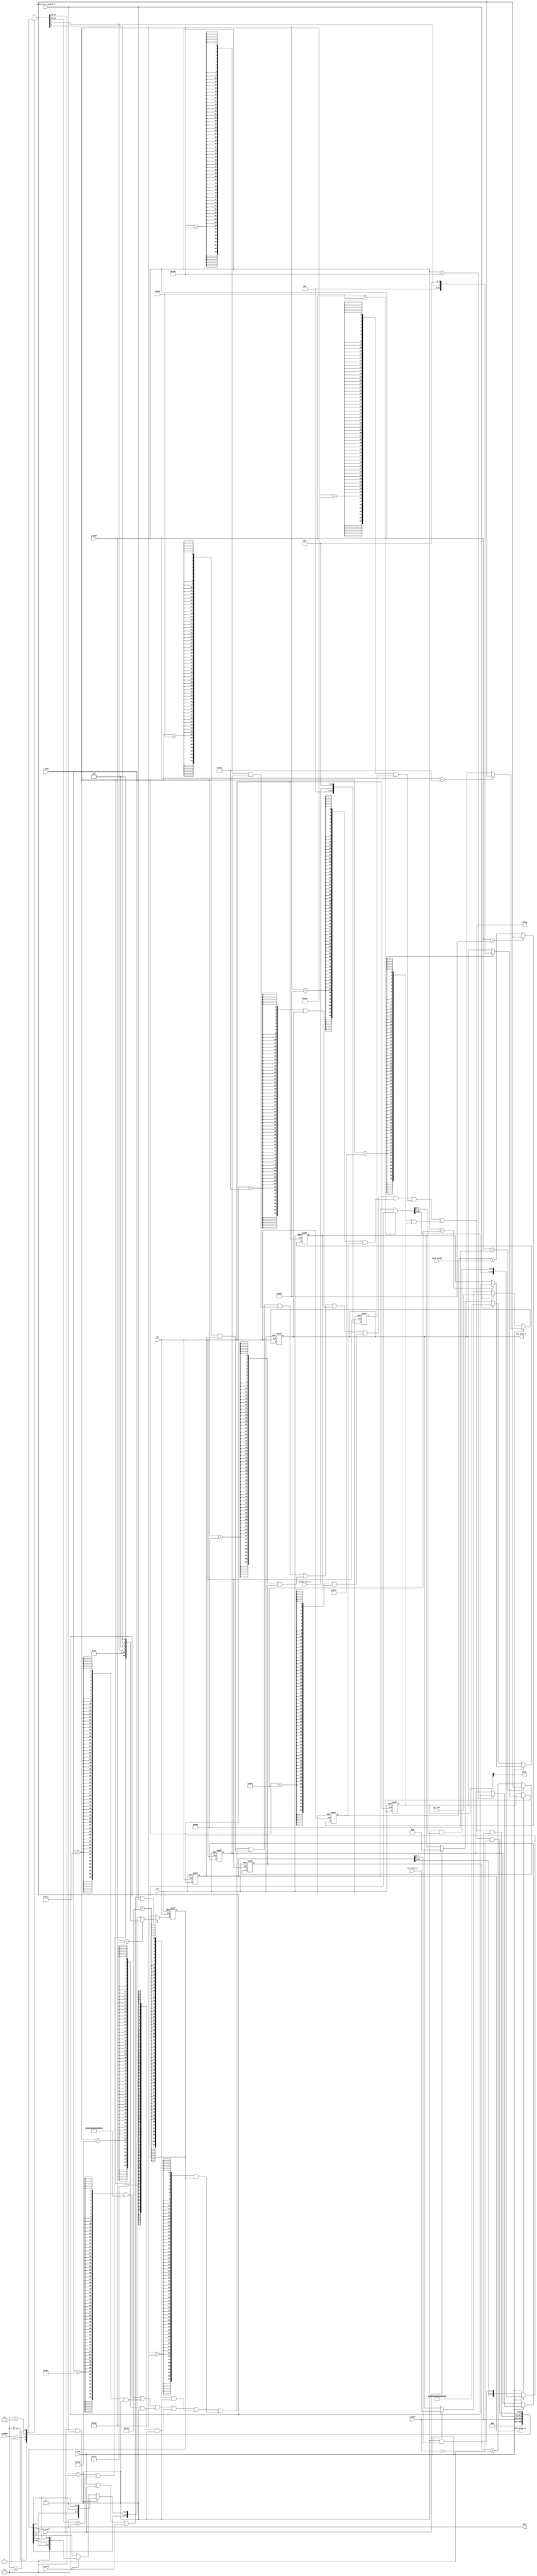

module csr(
    input  wire clk,
	input  wire rst,

	input  wire is_ecall,
	input  wire is_mret, 
	
	input  wire  [11  : 0] w_addr,
	input  wire  [64-1 : 0] w_data,
	input  wire 		   w_ena,
	input  wire  [1   : 0] w_mode,
	
	input  wire  [11  : 0] r_addr,
	output wire  [64-1 : 0] r_data,

	output wire [64-1 : 0] csr_mtvec_o,
	output wire [64-1 : 0] csr_mepc_o,
	output wire                  MIE,
	output wire                  MTIE,
	input wire  [64-1 : 0] pc_from_ex,

	input wire                   inst_valid,
	input wire                   mtime_intr_i,
	input wire                   mtime_intr_enable_i,
	input wire [64-1 : 0]  pc_intr

	// output wire r_exception,
	// output wire w_exception
	
    );

	reg [63:0] mstatus;
	wire [63:0] mstatus_wire;
	wire r_mstatus, w_mstatus;
	reg [63:0] mie;
	wire r_mie, w_mie;
	reg [63:0] mtvec;
	wire [63:0] mtvec_wire;
	wire r_mtvec, w_mtvec;
	wire [63:0] misa;// R W, implement just R
	wire r_misa;
	reg [63:0] mepc;
	// wire [63:0] mepc_wire;
	wire r_mepc, w_mepc;
	reg [64-1 : 0] to_write;
	// reg is_in_trap;
	// always @(posedge clk) begin
	// 	if(rst) is_in_trap <= 1'b0;
	// 	else begin
	// 		if(trap_event) is_in_trap <= 1'b1;
	// 		else if(is_mert) is_in_trap <= 1'b0;
	// 		else is_in_trap <= is_in_trap;
	// 	end
		
	// end

	assign MIE = mstatus[3];
	assign MTIE = mie[7];

	assign csr_mtvec_o = mtvec;
	assign csr_mepc_o = mepc;

	// assign w_misa = w_addr == 12'h301;
	assign r_misa = r_addr == 12'h301;
	assign misa = 64'b10_000000000000000000000000000000000000_00000000000000000100000000;


	wire [63:0] mvendorid;// R only
	wire r_mvendorid;
	assign r_mvendorid = r_addr == 12'hf11;
	assign mvendorid = 64'b0;


	wire [63:0] marchid;// R only
	wire r_marchid;
	assign r_marchid = r_addr == 12'hf12;
	assign marchid = 64'b0;


	wire [63:0] mimpid;// R only
	wire r_mimpid;
	assign r_mimpid = r_addr == 12'hf13;
	assign mimpid = 64'b0;


	wire [63:0] mhartid;// R only
	wire r_mhartid;
	assign r_mhartid = r_addr == 12'hf14;
	assign mhartid = 64'b0;


	assign r_mstatus = r_addr == 12'h300;
	assign w_mstatus = w_addr == 12'h300;
	assign mstatus_wire = w_mstatus ? {to_write[16:15]==2'b11 | to_write[14:13]==2'b11, // SD
										27'b0,
										13'b0,
										10'b0,
										2'b11, //MPP
										3'b000,
										to_write[7], //MPIE
										3'b0,
										to_write[3], //MIE
										3'b0} :
							(is_ecall | mtime_intr_enable_i) ? {mstatus[63:8], mstatus[3], mstatus[6:4],       1'b0, mstatus[2:0]} :
							is_mret  ? {mstatus[63:8],       1'b1, mstatus[6:4], mstatus[7], mstatus[2:0]} : mstatus;
	always @(posedge clk or negedge rst) begin
		if(!rst) mstatus <= {1'b0, 50'b0, 2'b11, 3'b0, 1'b1, 3'b0, 1'b0, 3'b0};
		else if(w_ena | is_ecall | is_mret | mtime_intr_enable_i) mstatus <= mstatus_wire;
		else mstatus <= mstatus;
	end

	assign r_mepc = r_addr == 12'h341;
	assign w_mepc = w_addr == 12'h341;
	always @(posedge clk or negedge rst) begin
		if(!rst) mepc <= 64'b0;
		else begin
			if(w_ena) mepc <= w_mepc ? to_write : mepc;
			else if(mtime_intr_enable_i) mepc <= pc_intr;
			else if(is_ecall) mepc <= pc_from_ex;
			else mepc <= mepc;
		end
	end

	reg [63:0] mcause;
	wire r_mcause, w_mcause;
	assign r_mcause = r_addr == 12'h342;
	assign w_mcause = w_addr == 12'h342;
	always @(posedge clk or negedge rst) begin
		if(!rst) mcause <= 64'b0;
		else begin
			if(w_ena) mcause <= w_mcause ? to_write : mcause;
			else if(mtime_intr_enable_i) mcause <= {1'b1, 59'b0, 4'd7};
			else if(is_ecall) mcause <= {1'b0, 59'b0, 4'd11};
			else mcause <= mcause;
		end
	end

	assign r_mtvec = r_addr == 12'h305;
	assign w_mtvec = w_addr == 12'h305;
	assign mtvec_wire = w_mtvec ? to_write : mtvec;
	always @(posedge clk or negedge rst) begin
		if(!rst) mtvec <= 64'b0;
		else if(w_ena) mtvec <= {mtvec_wire[63:2], 2'b00 & mtvec_wire[1:0]};
		else mtvec <= {mtvec[63:2], 2'b00 & mtvec[1:0]};
	end


	reg [63:0] mstratch;
	wire [63:0] mstratch_wire;
	wire r_mstratch, w_mstratch;
	assign r_mstratch = r_addr == 12'h340;
	assign w_mstratch = w_addr == 12'h340;
	assign mstratch_wire = w_mstratch ? to_write : mstratch;
	always @(posedge clk or negedge rst) begin
		if(!rst) mstratch <= 64'b0;
		else if(w_ena) mstratch <= mstratch_wire;
		else mstratch <= mstratch;
	end

    reg [63:0] mcycle;
    wire r_mcycle, w_mcycle;
    assign r_mcycle = r_addr == 12'hb00;
    assign w_mcycle = w_addr == 12'hb00;
	always @(posedge clk or negedge rst) begin
        if(!rst) mcycle <= 64'b0;
        else mcycle <= w_mcycle ? to_write : mcycle + 1'b1;
    end

    reg [63:0] minstret;
    wire r_minstret, w_minstret;
    assign r_minstret = r_addr == 12'hb02;
    assign w_minstret = w_addr == 12'hb02;
	always @(posedge clk or negedge rst) begin
        if(!rst) minstret <= 64'b0;
        else minstret <= w_minstret ? to_write : minstret + {63'b0, inst_valid};
    end

	reg [63:0] mip;
	wire r_mip;
	assign r_mip = r_addr == 12'h344;
	always @(posedge clk or negedge rst) begin
		if(!rst) mip <= 64'b0;
		else mip <= {52'b0, 4'b0, mtime_intr_i, 7'b0};
	end


	assign r_mie = r_addr == 12'h304;
	assign w_mie = r_addr == 12'h304;
	always @(posedge clk or negedge rst) begin
		if(!rst) mie <= 64'b0;
		else if(w_ena) mie <= w_mie ? {52'b0, 4'b0, to_write[7], 7'b0} : mie;
		else mie <= mie;
	end

	assign r_data = {64{r_misa}}      & misa      | 
					{64{r_mvendorid}} & mvendorid |
					{64{r_marchid}}   & marchid   |
					{64{r_mimpid}}    & mimpid    |
					{64{r_mhartid}}   & mhartid   |
					{64{r_mstatus}}   & mstatus   |
					{64{r_mtvec}}     & mtvec     |
					{64{r_mstratch}}  & mstratch  |
					{64{r_mcycle}}    & mcycle    |
					{64{r_mepc}}      & mepc      |
					{64{r_mcause}}    & mcause    |
					{64{r_minstret}}  & minstret  |
					{64{r_mip}}       & mip       |
					{64{r_mie}}       & mie       ;


	always @(*) begin
		case(w_mode)
			2'b00: to_write = 64'b0;
			2'b01: to_write = w_data;
			2'b10: to_write = r_data | w_data;
			2'b11: to_write = r_data & (~w_data);
		endcase
	end


	


endmodule